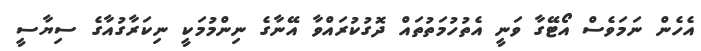
އެހެން ނަމަވެސް އޯޓޭގާ ވަނީ އެތުހުމަތުތައް ދޮގުކުރައްވާ އޭނާގެ ނިންމުމަކީ ނިކަރާގުއާގެ ސިޔާސީ